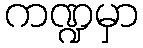
ကဏ္ဍမှာ